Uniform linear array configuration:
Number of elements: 24
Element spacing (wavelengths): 0.25
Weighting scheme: kaiser
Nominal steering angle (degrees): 15
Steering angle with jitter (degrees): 15.257
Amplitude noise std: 0.05
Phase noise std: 0.05

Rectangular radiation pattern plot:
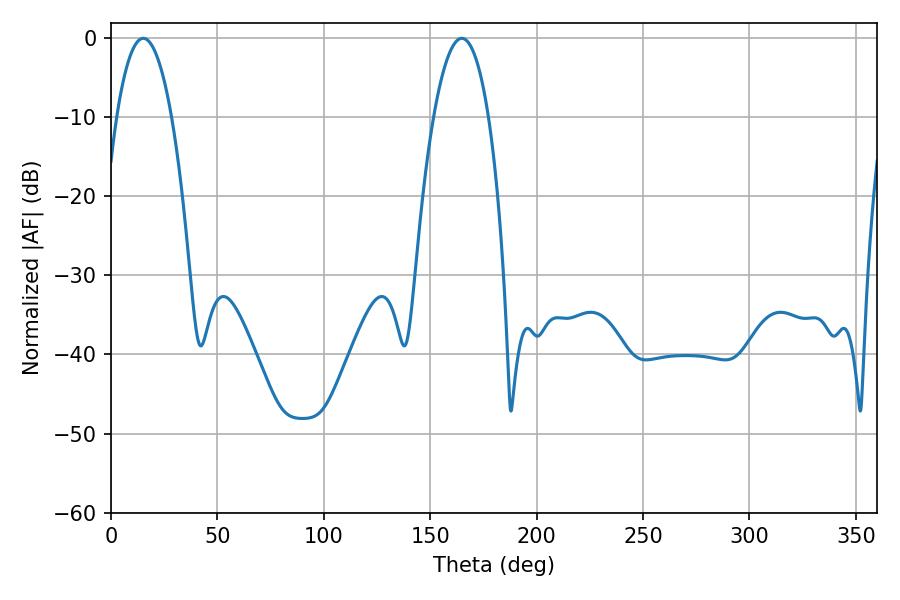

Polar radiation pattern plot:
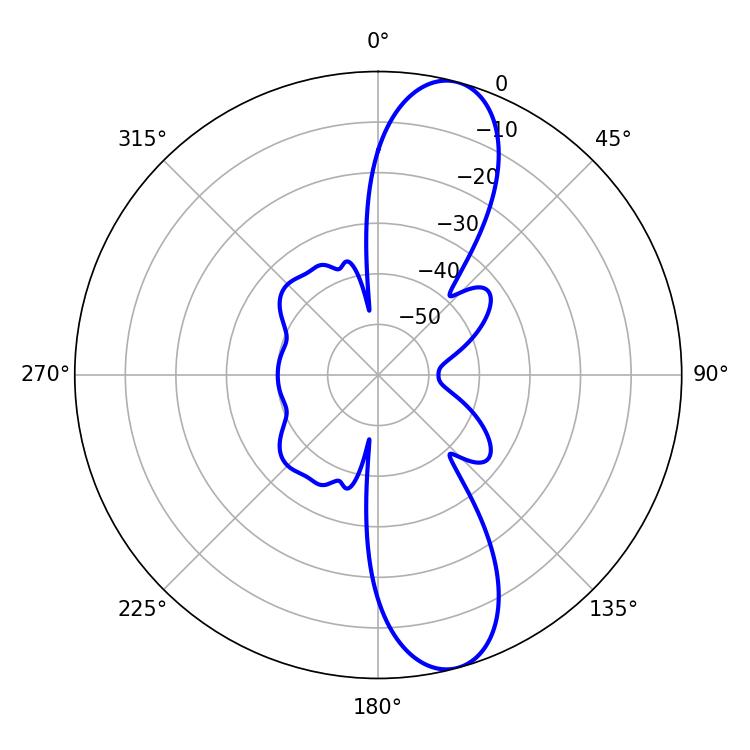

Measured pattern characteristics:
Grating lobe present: FALSE
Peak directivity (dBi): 11.53
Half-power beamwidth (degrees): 14.4
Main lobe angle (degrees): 15.12